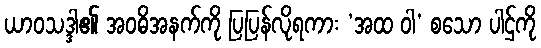
ယာဝသဒ္ဒါ၏ အဝဓိအနက်ကို ပြပြန်လိုရကား ‘အထ ဝါ’ စသော ပါဌ်ကို